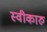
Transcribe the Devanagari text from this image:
स्वीकारु